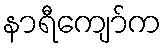
နာရီကျော်က